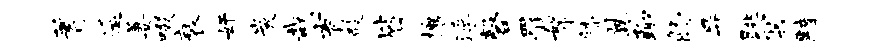
蓍遥萋啜衰奸炭哉育殿皆攘浮磬罹帑膝翼聊肠异跳冥黯